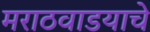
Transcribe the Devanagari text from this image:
मराठवाडयाचे